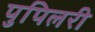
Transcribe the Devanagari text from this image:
पुपिलरी